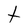
Character: t